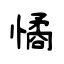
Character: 憰